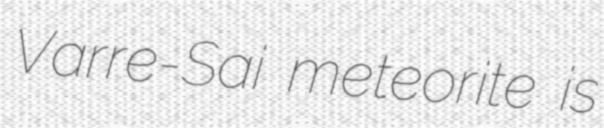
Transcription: Varre-Sai meteorite is